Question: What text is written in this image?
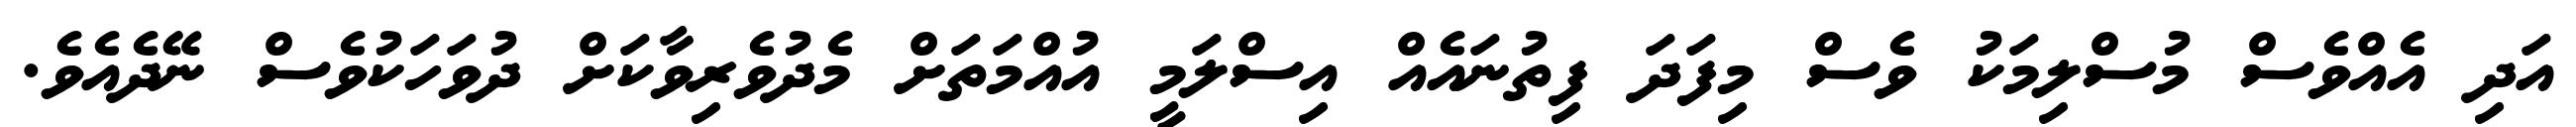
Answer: އަދި އެއްވެސް މުސްލިމަކު ވެސް މިފަދަ ފިތުނައެއް އިސްލަމީ އުއްމަތަށް މެދުވެރިވާކަށް ދުވަހަކުވެސް ނޭދެއެވެ.